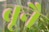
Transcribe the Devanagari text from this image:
ब्रूनै